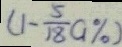
( 1 - \frac { 5 } { 1 8 } a \% )